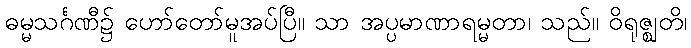
ဓမ္မသင်္ဂဏီ၌ ဟော်တော်မူအပ်ပြီ။ သာ အပ္ပမာဏာရမ္မတာ၊ သည်။ ဝိရုဇ္ဈတိ၊